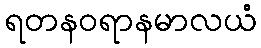
ရတနဝရာနမာလယံ